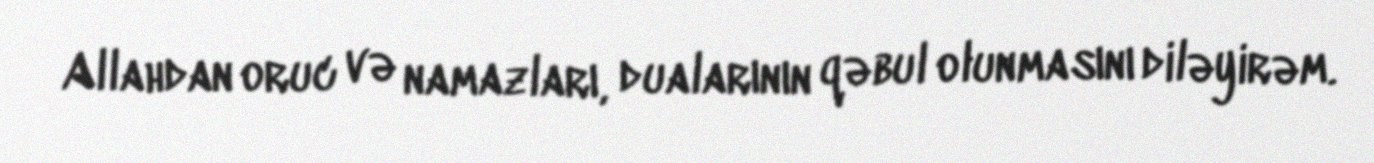
Allahdan oruc və namazları, dualarının qəbul olunmasını diləyirəm.